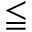
\leqq